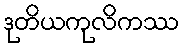
ဒုတိယကုလိကဿ